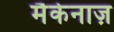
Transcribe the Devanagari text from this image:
मैकेनाज़